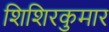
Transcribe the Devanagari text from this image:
शिशिरकुमार